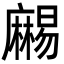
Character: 𪎥